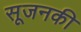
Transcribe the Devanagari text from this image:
सूजनकी